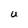
Character: U